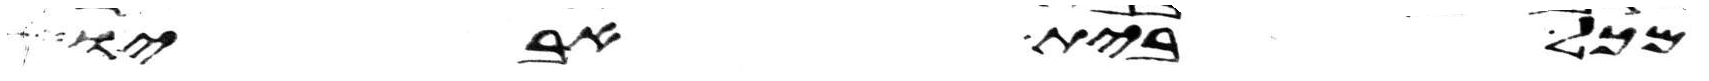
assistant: מכל בית אביו